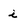
Character: i